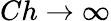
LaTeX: Ch\rightarrow\infty